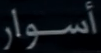
أسوار